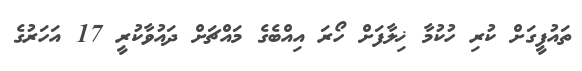
ތައުފީގަށް ކުރި ހުކުމާ ޚިލާފަށް ހޯރަ އިއްބެގެ މައްޗަށް ދައުވާކުރީ 17 އަހަރުގެ